Leaving Certificate Examination, 1904
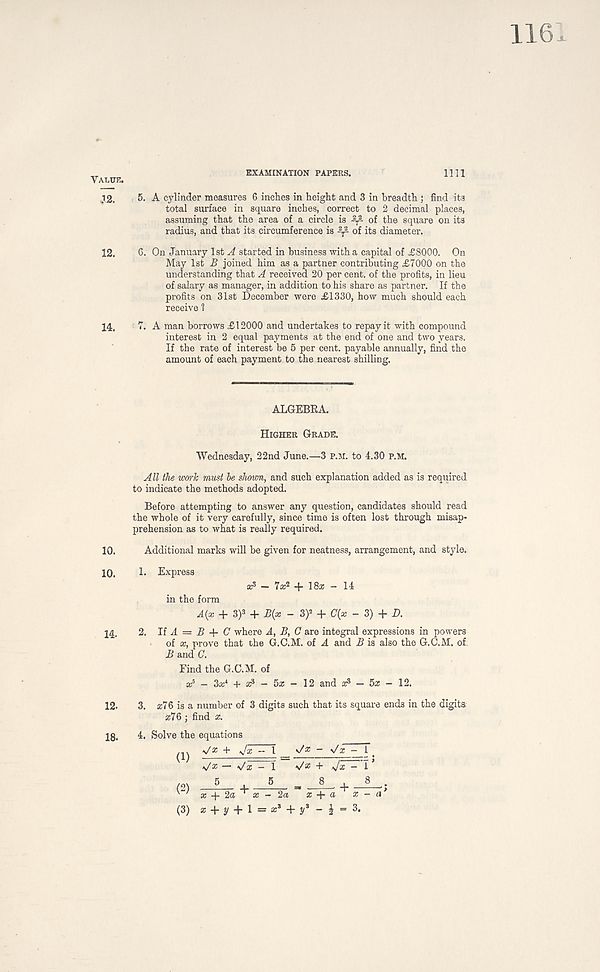
EXAMINATION PAPERS.
Vaute.
1111
12. 5. A cylinder measures 6 inches in height and 3 in breadth ; find its
total surface in square inches, correct to 2 decimal places,
assuming that the area of a circle is 0 f the square on its
radius, and that its circumference is of its diameter.
12. G. On January 1st ^ started in business with a capital of £8000. On
May 1st B joined him as a partner contributing £7000 on the
understanding that A received 20 per cent, of the profits, in lieu
of salary as manager, in addition to his share as partner. If the
profits on 31st December were £1330, how much should each
receive 1
14. 7. A man borrows £12000 and undertakes to repay it with compound
interest in 2 equal payments at the end of one and two years.
If the rate of interest be 5 per cent, payable annually, find the
amount of each payment to the nearest shilling.
ALGEBRA.
Higher Grade.
Wednesday, 22nd June.—3 p.m. to 4.30 P.M.
All the work must he shown, and such explanation added as is required
to indicate the methods adopted.
Before attempting to answer any question, candidates should read
the whole of it very carefully, since time is often lost through misap-
prehension as to what is really required.
10.
10.
14.
Additional marks will be given for nearness, arrangement, and style.
1.
2.
Express
in the form
a? — 7a; 2 -f- 18a; - 14
A(x + 3) 3 + B(x - 3) 2 + C{x - 3) + D.
If A = B C where A, B, 0 are integral expressions in powers
of x, prove that the G.C.M. of A and B is also the G.O.M. of-
B and G.
Find the G.C.M. of
a 5 - 3a; 4 + a? - 5a; - 12 and a? - 5a; - 12.
3. a;76 is a number of 3 digits such that its square ends in the digits
a;76; find x.
4. Solve the equations
V* + Jx ~ 1 s/z - 'Jx - f
(1)
(2)
\/« — >/a; - 1 V* + Jx
_5_, _5
8_ +
x tta x - 2a x + a
(3) a; + y + 1 = a 3 + If* - i =
18.